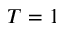
T = 1